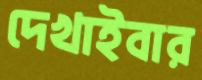
দেখাইবার